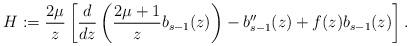
LaTeX: \begin{gather*}H:=\frac{2\mu}{z}\left[\frac{d}{dz}\left(\frac{2\mu+1}{z}b_{s-1}(z)\right)-b_{s-1}''(z)+f(z)b_{s-1}(z)\right] .\end{gather*}